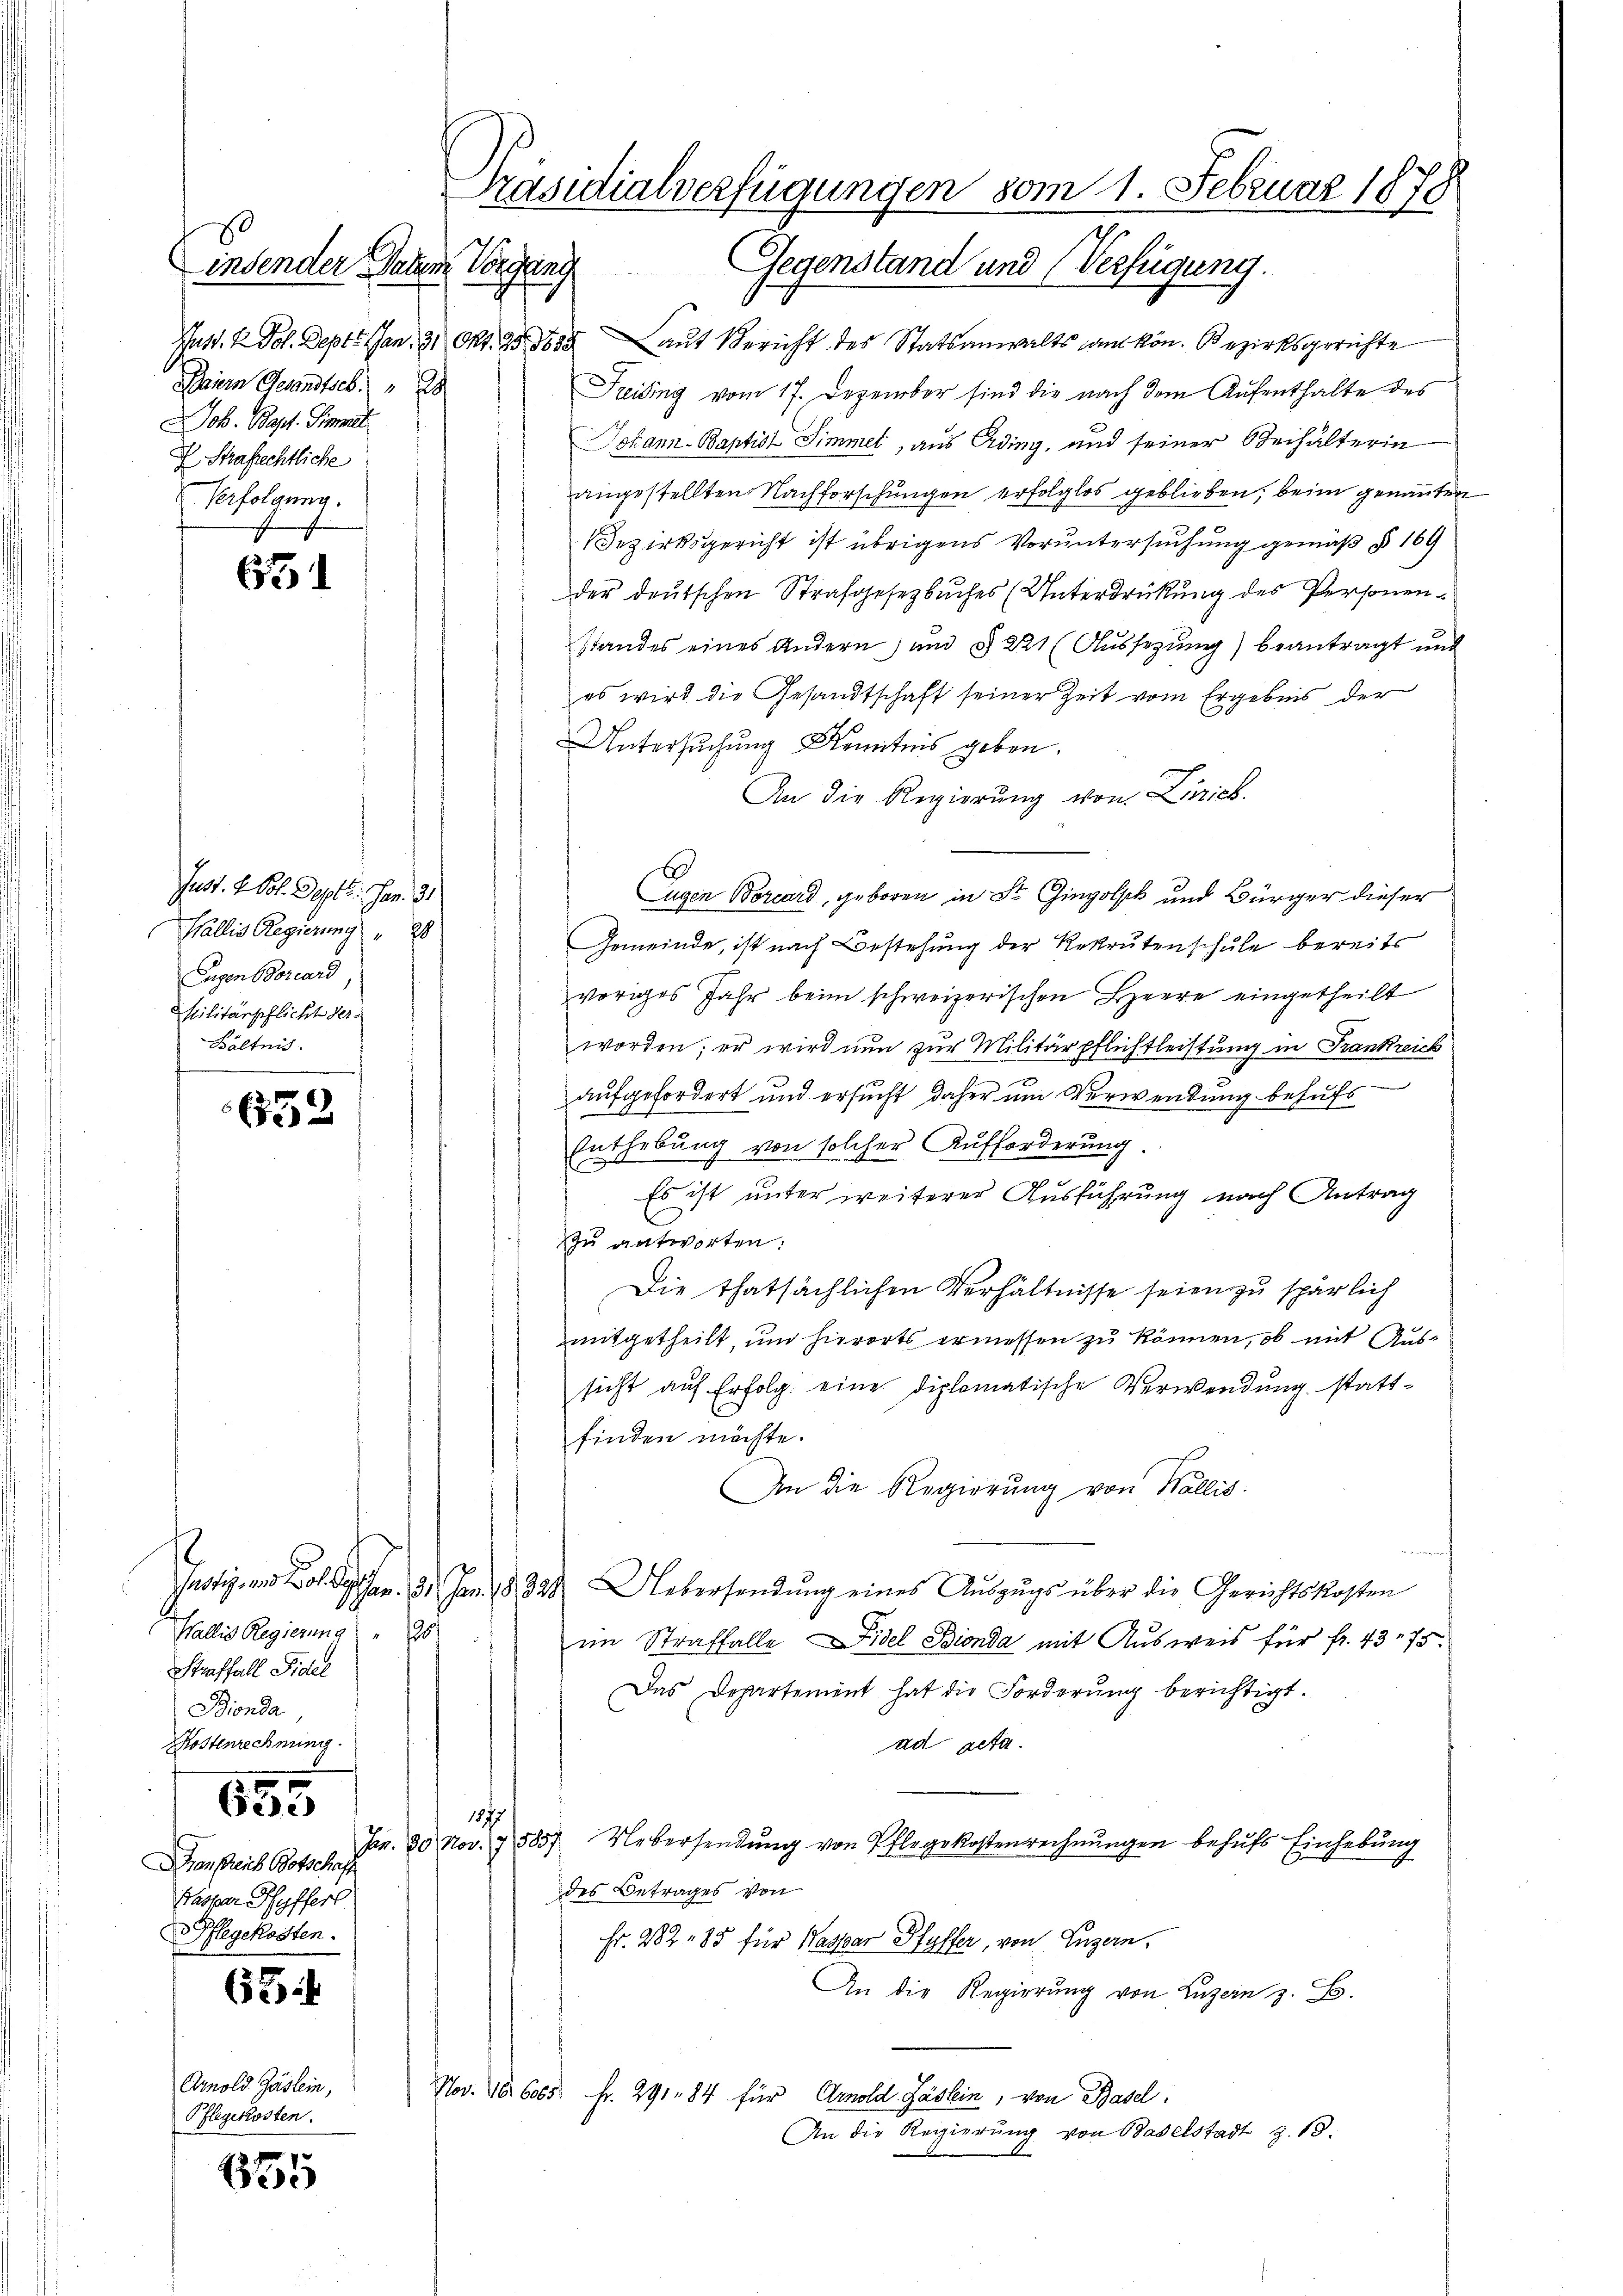
0
insender Datum
Baiern Gesandtseb. 28
Job. Bapt. Simmet
D Strafrechtliche
Verfolgung.

67

Juss. 2. Joh. Septe. Jan. 31
Wallis Regierung " 28
Eugen Borcard
Militärschlicht der¬
Bältnis.

652

655

6

Arnold Gästein,
Pflegekosten.

1855

Wallis Regierung " 98
Straffall Fidel
Bionda,
Kostenrechnung.

Bensreich Botschaff
Pasper Hyfferl
Pflegekosten.

Präsidialverfügungen vom 1. Februar 1878
Vorgang Gegenstand und (Verfügung.

Just. V. Joh. Septe an 31 Okt. 25. 1635 auf Bericht des Statsanwalts an kön. Bezirksgerichte
Freiding vom 17. Dezember sind die nach dem Aufenthalte des
Johann-Baptist Simmet, aus Arding, und seiner Beihälterin
angestellten Nachforschungen erfolglos geblieben; beim genannten
Bezirksgericht ist übrigens Voruntersuchung gemäß § 169
der deutschen Strafgesetzbuches (Unterdrückung des Personenstandes eines Andern) und § 221 (Aussetzung) beantragt und
es wird die Gesandtschaft seiner Zeit vom Ergebnis der
Untersuchung Kenntnis geben.
An die Regierung von Zürich.
Eugen Borcard, geboren in St. Gingolpk und Bürger dieser
Gemeinde, ist nach Bestehung der Rekrutenschule bereits
voriges Jahr beim schweizerischen Heere eingetheilt
worden; er wird nun zur Militärpflichtleistung in Frankreich
aufgefordert und ersucht daher um Verwendung behufs
Enthebung von solcher Aufforderung.
Es ist unter weiterer Ausführung nach Antrag
zu antworten.
Die thatsächlichen Verhältnisse seien zu spärlich
mitgetheilt, und hierorts ermessen zu können, ob mit Aussicht auf Erfolg eine diplomatische Verwendung stattfinden möchte.
An die Regierung von Wallis
Justiz- und Boden 31. Jan. 18. 324 Uebersendŭng eines Aŭszŭgs über die Gerichtskosten
im Straffalle Fidel Bionda mit Ausweis für fr. 43. 75.
Das Departement hat die Forderŭng berichtigt.
ad acta.
1877
Jan. 30 Nov. 1885) Uebersendung von Pflegekostenrechnungen behufs Einhebung
des Betrages von
Fr. 282 - 85 für Kaspar Pfyffer, von Luzern,
An die Regierŭng von Luzern z. B.
Nov. 10. 6000 Fr. 291. 84 für Arnold Fäslein, von Basel.
An die Regierŭng von Baselstadt z. 18.